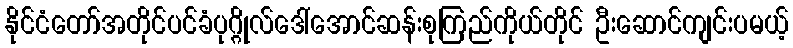
နိုင်ငံတော်အတိုင်ပင်ခံပုဂ္ဂိုလ်ဒေါ်အောင်ဆန်းစုကြည်ကိုယ်တိုင် ဦးဆောင်ကျင်းပမယ့်